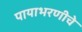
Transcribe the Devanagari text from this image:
पायाभरणीचे